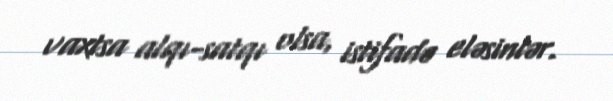
vaxtsa alqı-satqı olsa, istifadə eləsinlər.